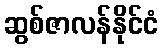
ဆွစ်ဇာလန်နိုင်ငံ